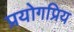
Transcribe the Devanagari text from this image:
प्रयोगप्रिय